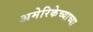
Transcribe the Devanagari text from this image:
अमेरिकेच्याच्या